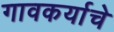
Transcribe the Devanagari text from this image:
गावकर्याचे